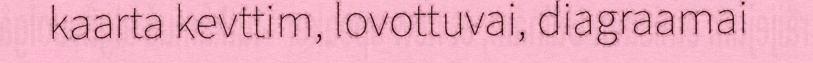
kaarta kevttim, lovottuvai, diagraamai